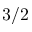
3 / 2